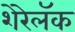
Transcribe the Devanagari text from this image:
शेरेलॅक